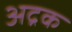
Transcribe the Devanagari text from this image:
अद्रक